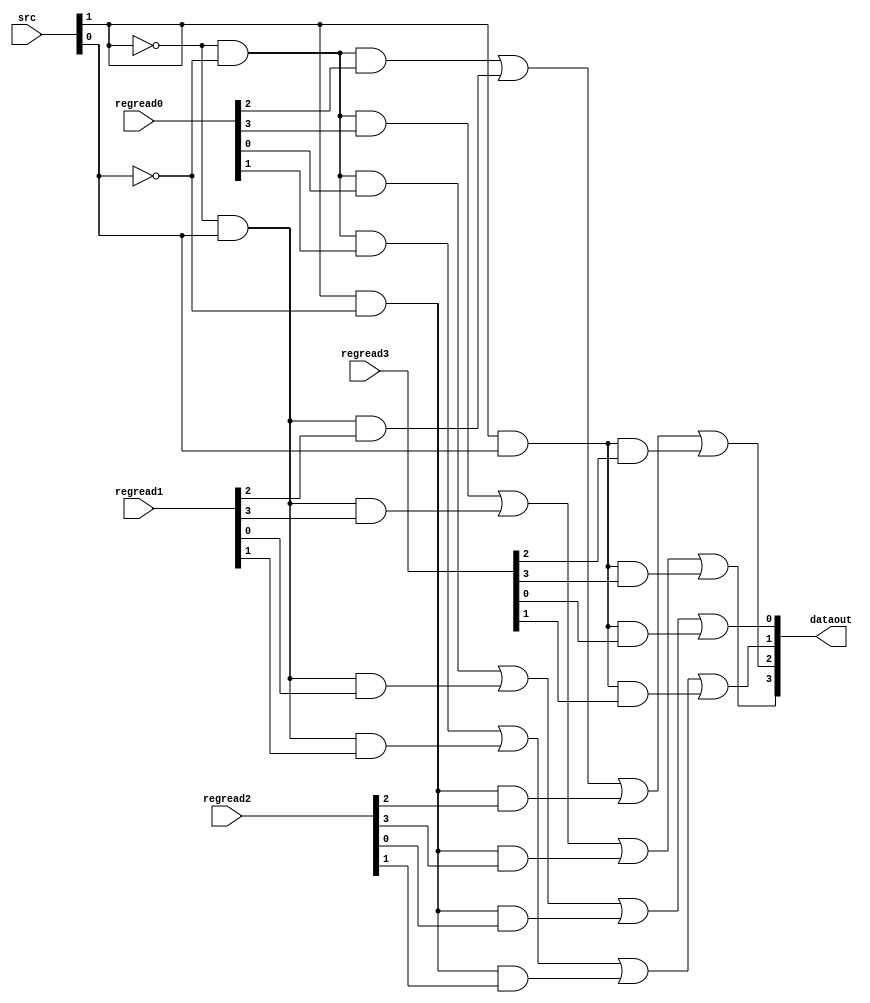
/***** 4 BIT 4TO1 MULTIPLEXER *****/

module Quad4to1(src,regread0,regread1,regread2,regread3,dataout);

 input [1:0]src;
 input [3:0]regread0,regread1,regread2,regread3;
 output [3:0]dataout;
 assign dataout[0]=((~src[1])&(~src[0])&regread0[0])|((~src[1])&(src[0])&regread1[0])|((src[1])&(~src[0])&regread2[0])|((src[1])&(src[0])&regread3[0]);
 assign dataout[1]=((~src[1])&(~src[0])&regread0[1])|((~src[1])&(src[0])&regread1[1])|((src[1])&(~src[0])&regread2[1])|((src[1])&(src[0])&regread3[1]);
 assign dataout[2]=((~src[1])&(~src[0])&regread0[2])|((~src[1])&(src[0])&regread1[2])|((src[1])&(~src[0])&regread2[2])|((src[1])&(src[0])&regread3[2]);
 assign dataout[3]=((~src[1])&(~src[0])&regread0[3])|((~src[1])&(src[0])&regread1[3])|((src[1])&(~src[0])&regread2[3])|((src[1])&(src[0])&regread3[3]);
 
endmodule